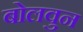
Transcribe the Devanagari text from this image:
बोलवुन